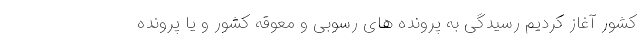
کشور آغاز کردیم رسیدگی به پرونده های رسوبی و معوقه کشور و یا پرونده